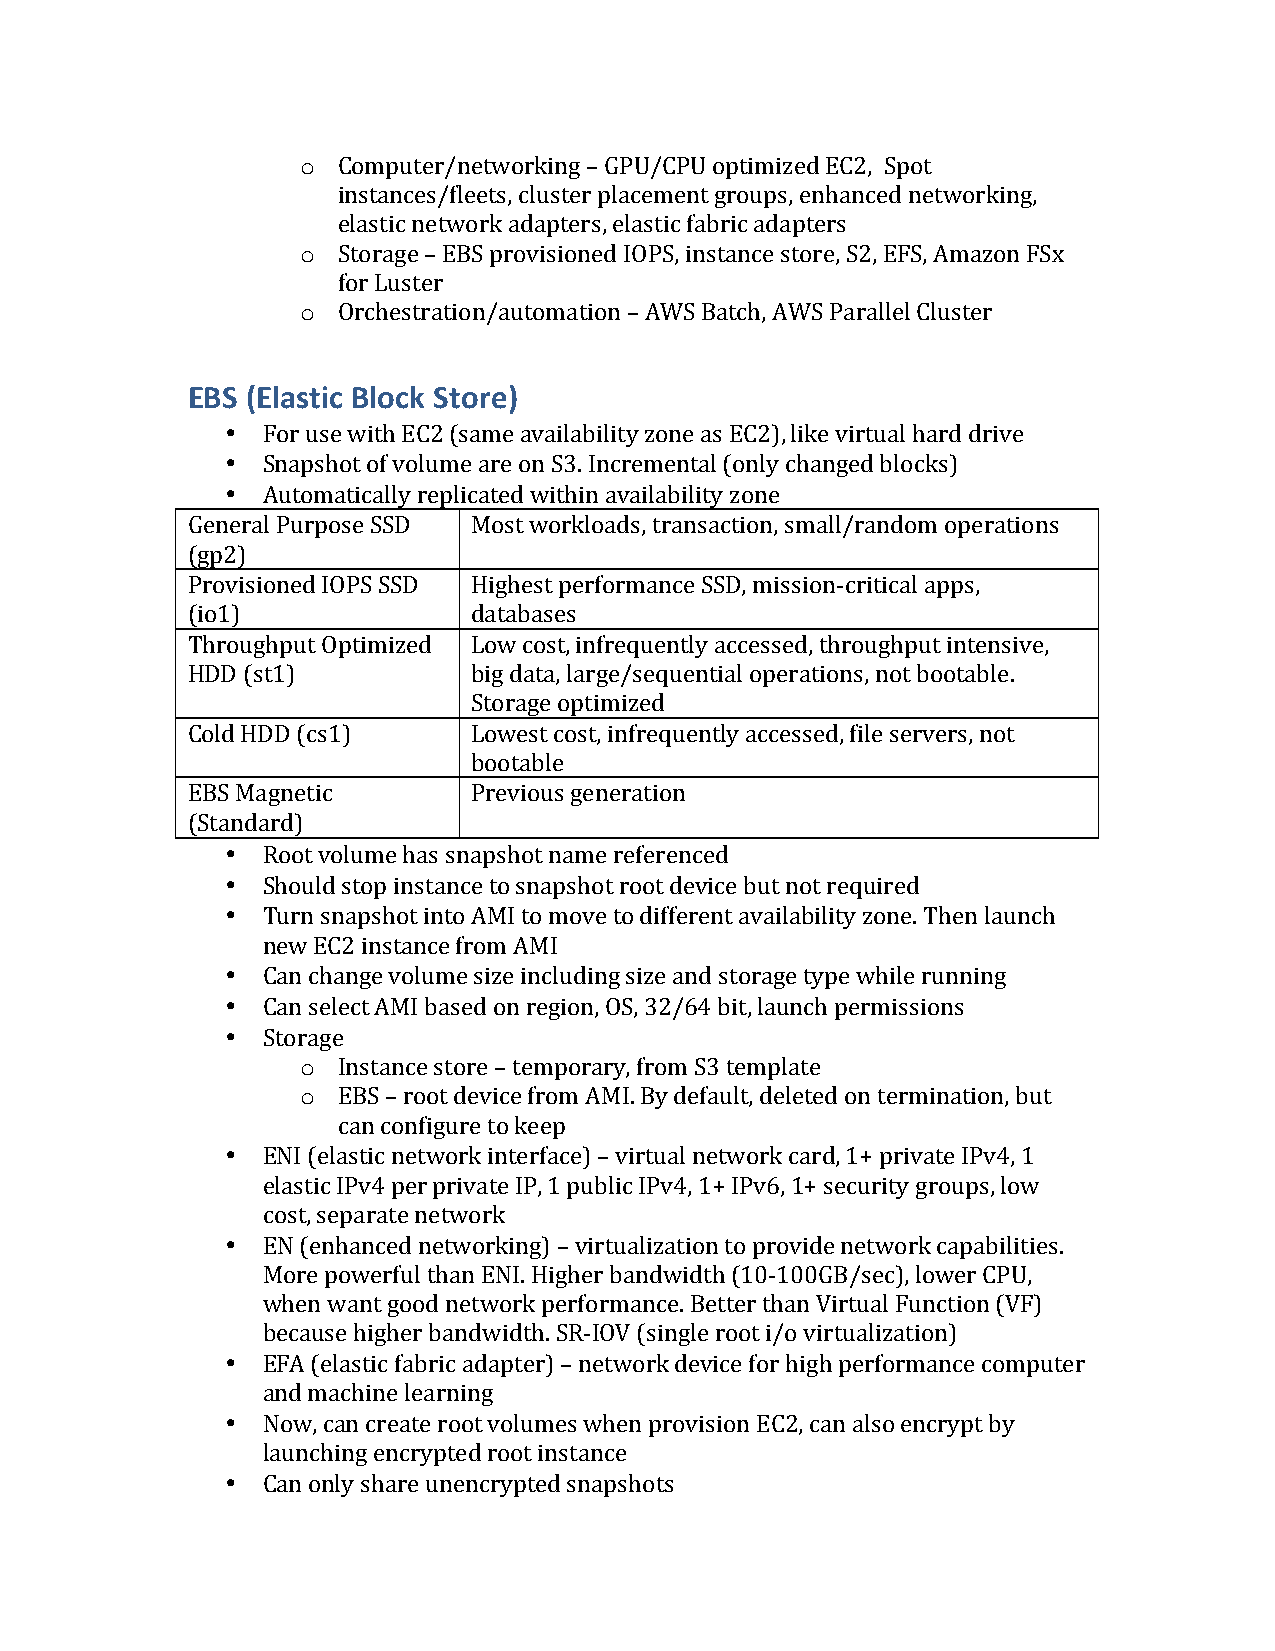
o Computer/networking – GPU/CPU optimized EC2, Spot
 instances/fleets, cluster placement groups, enhanced networking,
 elastic network adapters, elastic fabric adapters
 o Storage – EBS provisioned IOPS, instance store, S2, EFS, Amazon FSx
 for Luster
 o Orchestration/automation – AWS Batch, AWS Parallel Cluster
 EBS (Elastic Block Store)
 • For use with EC2 (same availability zone as EC2), like virtual hard drive
 • Snapshot of volume are on S3. Incremental (only changed blocks)
 • Automatically replicated within availability zone
 General Purpose SSD Most workloads, transaction, small/random operations
 (gp2)
 Provisioned IOPS SSD Highest performance SSD, mission-critical apps,
 (io1)              databases
 Throughput Optimized Low cost, infrequently accessed, throughput intensive,
 HDD (st1)          big data, large/sequential operations, not bootable.
 Storage optimized
 Cold HDD (cs1)     Lowest cost, infrequently accessed, file servers, not
 bootable
 EBS Magnetic       Previous generation
 (Standard)
 • Root volume has snapshot name referenced
 • Should stop instance to snapshot root device but not required
 • Turn snapshot into AMI to move to different availability zone. Then launch
 new EC2 instance from AMI
 • Can change volume size including size and storage type while running
 • Can select AMI based on region, OS, 32/64 bit, launch permissions
 • Storage
 o Instance store – temporary, from S3 template
 o EBS – root device from AMI. By default, deleted on termination, but
 can configure to keep
 • ENI (elastic network interface) – virtual network card, 1+ private IPv4, 1
 elastic IPv4 per private IP, 1 public IPv4, 1+ IPv6, 1+ security groups, low
 cost, separate network
 • EN (enhanced networking) – virtualization to provide network capabilities.
 More powerful than ENI. Higher bandwidth (10-100GB/sec), lower CPU,
 when want good network performance. Better than Virtual Function (VF)
 because higher bandwidth. SR-IOV (single root i/o virtualization)
 • EFA (elastic fabric adapter) – network device for high performance computer
 and machine learning
 • Now, can create root volumes when provision EC2, can also encrypt by
 launching encrypted root instance
 • Can only share unencrypted snapshots